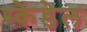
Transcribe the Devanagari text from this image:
स्केंडेल